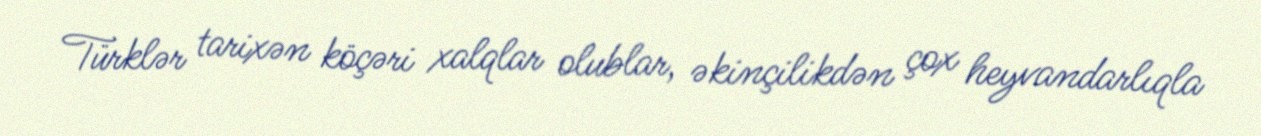
Türklər tarixən köçəri xalqlar olublar, əkinçilikdən çox heyvandarlıqla